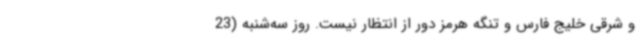
و شرقی خلیج فارس و تنگه هرمز دور از انتظار نیست. روز سه‌شنبه (23